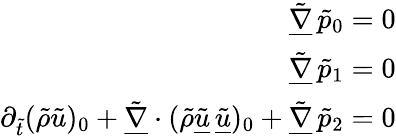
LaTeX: \begin{array}{r}{\underline{{\tilde{\nabla}}}\, \tilde{p}_{0}=0}\\ {\underline{{\tilde{\nabla}}}\, \tilde{p}_{1}=0}\\ {\partial_{\tilde{t}}(\tilde{\rho}\tilde{u})_{0}+\underline{{\tilde{\nabla}}}\cdot(\tilde{\rho}\underline{{\tilde{u}}}\, \underline{{\tilde{u}}})_{0}+\underline{{\tilde{\nabla}}}\, \tilde{p}_{2}=0}\end{array}